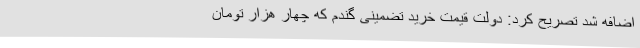
اضافه شد تصریح کرد: دولت قیمت خرید تضمینی گندم که چهار هزار تومان